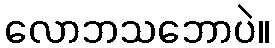
လောဘသဘောပဲ။